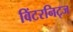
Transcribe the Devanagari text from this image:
विंटरनिट्ज